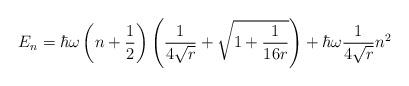
LaTeX: \begin{align*}E_n = \hbar \omega \left( n + \frac{1}{2} \right) \left( \frac{1}{4\sqrt{r}} + \sqrt{ 1 + \frac{1}{16 r}} \right) + \hbar \omega \frac{1}{4\sqrt{r}} n^2\end{align*}